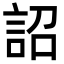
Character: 詔